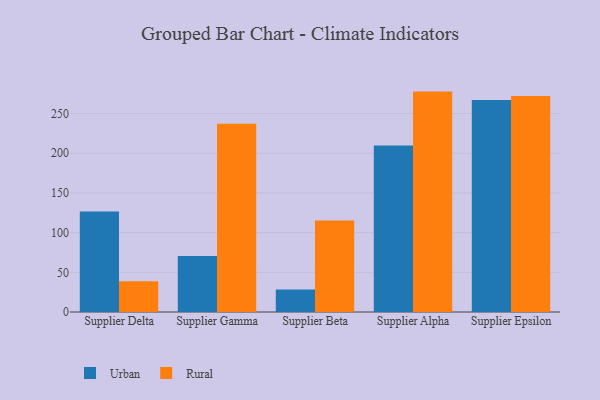
{"axis": {"x": "Supplier", "y": "Temperature (°C)"}, "legend": ["Rural", "Urban"], "data": [{"x": "Supplier Delta", "y": 126.6, "type": "Urban"}, {"x": "Supplier Delta", "y": 38.8, "type": "Rural"}, {"x": "Supplier Gamma", "y": 70.6, "type": "Urban"}, {"x": "Supplier Gamma", "y": 237.2, "type": "Rural"}, {"x": "Supplier Beta", "y": 28.3, "type": "Urban"}, {"x": "Supplier Beta", "y": 115.2, "type": "Rural"}, {"x": "Supplier Alpha", "y": 209.7, "type": "Urban"}, {"x": "Supplier Alpha", "y": 277.7, "type": "Rural"}, {"x": "Supplier Epsilon", "y": 267.1, "type": "Urban"}, {"x": "Supplier Epsilon", "y": 272.2, "type": "Rural"}]}